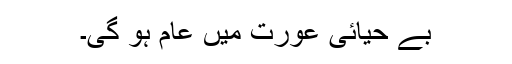
بے حیائی عورت میں عام ہو گی۔